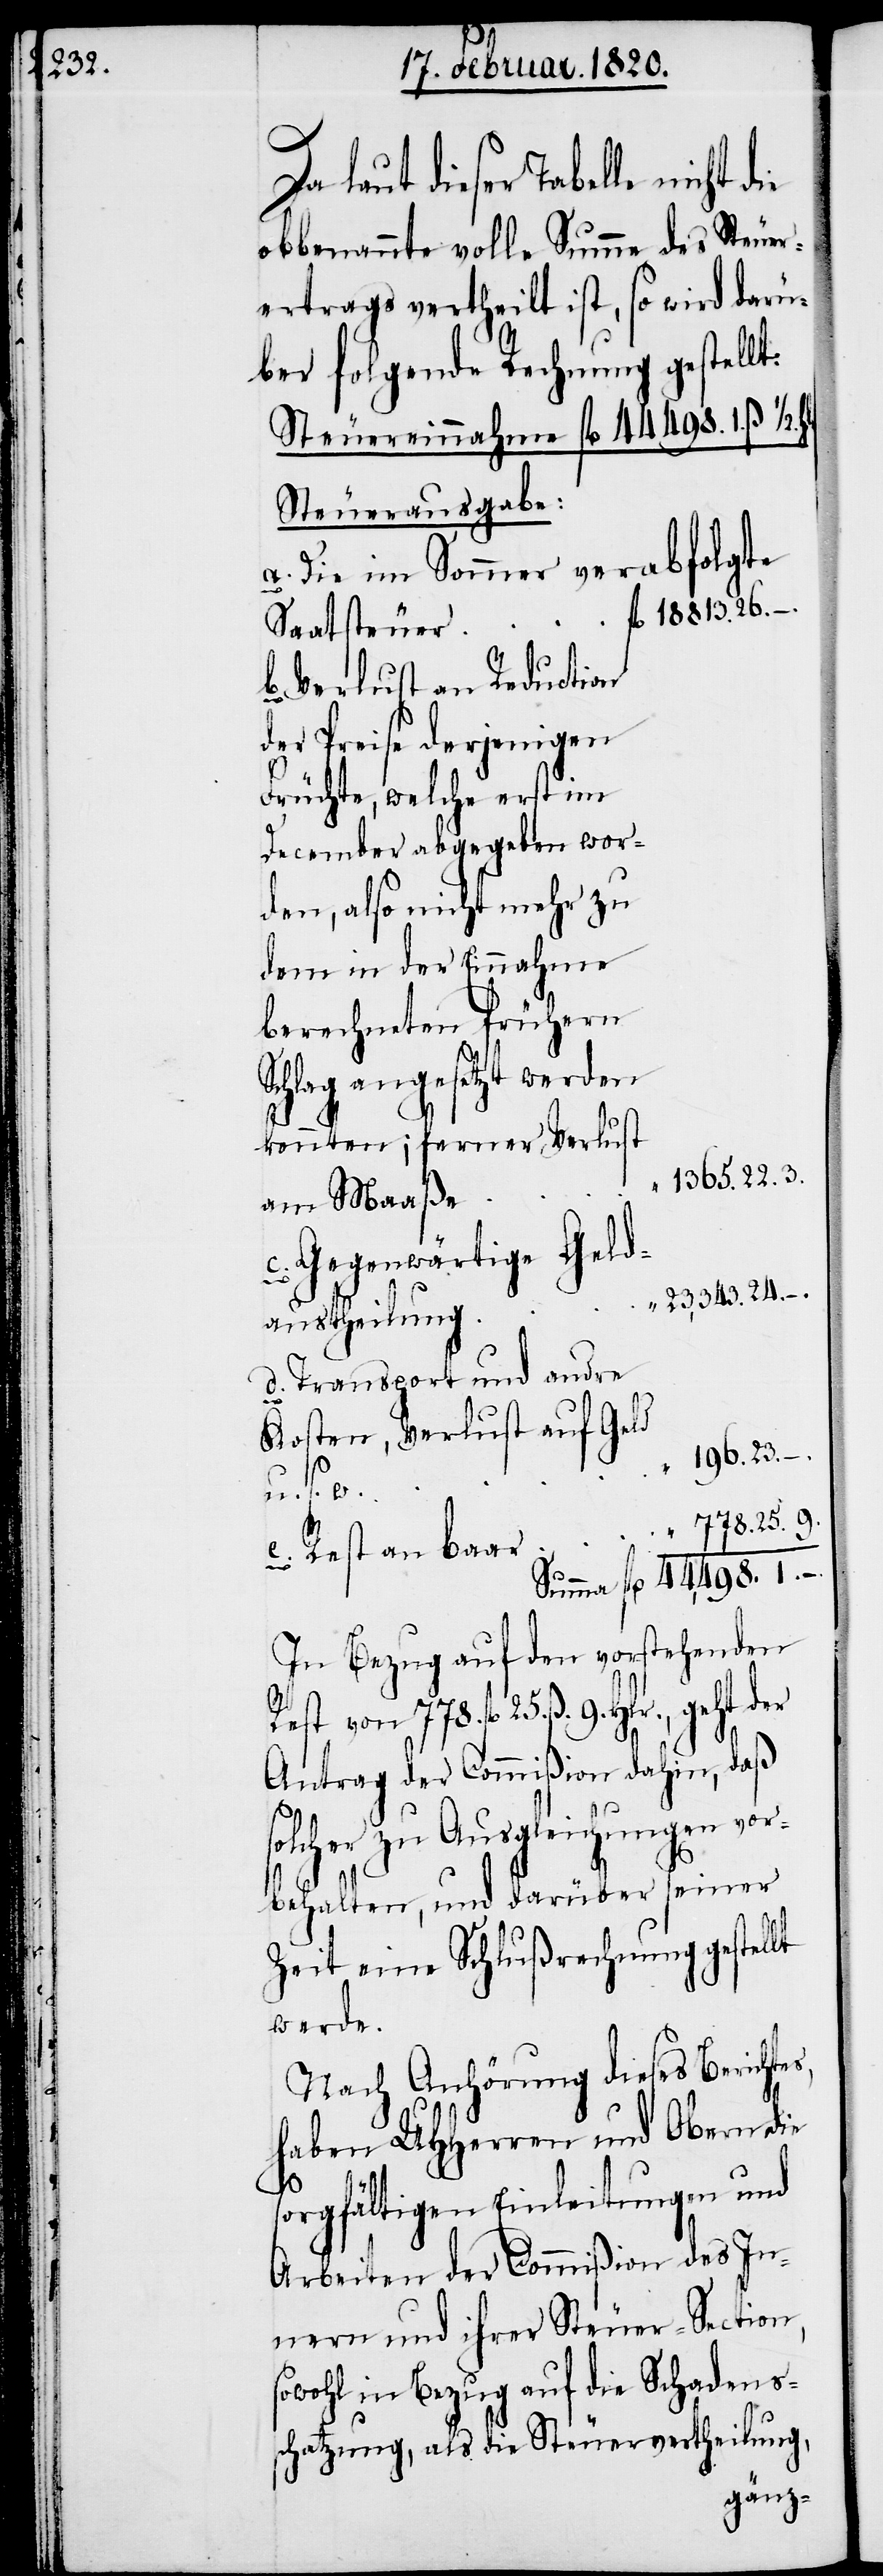
laut dieser Tabelle nicht die
obbenannte volle Summe des Steuer¬
ertrags vertheilt ist, so wird darü¬
ber folgende Rechnung gestellt:
Steuereinnahme fl 44498. 1. ß ½.
Steuerausgabe:
a. Die im Sommer verabfolgte
fl 18813. 26.
Saatsteuer
b Verlust an Reduction
der Preise derjenigen
Früchte, welche erst im
December abgegeben wor¬
den, also nicht mehr zu
dem in der Einnahme
berechneten frühern
Schlag angesetzt werden
konnten; ferner Verlust
1365. 22. 3.
am Maaße
c. Gegenwärtige Geld¬
„ 23,343. 24.
austheilung
d. Transport und andre
Kosten, Verlust auf Geld
196. 23.
„
„ 778. 25. 9.
e. Rest an baar
In Bezug auf den vorstehenden
fl 25. ß. 9. Hlr., geht der
Antrag der Commißion dahin, daß
solcher zu Ausgleichungen vor¬
behalten, und darüber seiner
Zeit eine Schlußrechnung gestel¬
werde.
Nach Anhörung dieses Berichte¬
haben UHHerren und Obern die
s,
sorgfältigen Einleitungen und
Arbeiten der Commißion des In¬
nern und ihrer Steuer-Section,
sowohl in Bezug auf die Schadens¬
schatzung, als die Steuervertheilung,